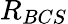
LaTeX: R_{BCS}